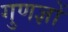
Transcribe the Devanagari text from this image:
गुणज्ञों